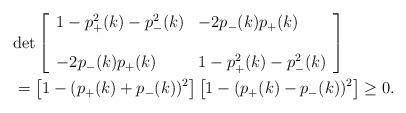
LaTeX: \begin{align*} & {\rm det} \left[ \begin{array}{ll} 1-p_+^2(k)-p_-^2(k)&-2p_-(k)p_+(k)\\ &\\ -2p_-(k)p_+(k)&1-p_+^2(k)-p_-^2(k) \end{array} \right] \\ & =\left[1-(p_+(k)+p_-(k))^2\right]\left[1-(p_+(k)-p_-(k))^2\right]\ge0. \end{align*}